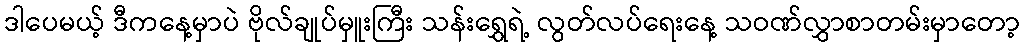
ဒါပေမယ့် ဒီကနေ့မှာပဲ ဗိုလ်ချုပ်မှူးကြီး သန်းရွှေရဲ့ လွတ်လပ်ရေးနေ့ သဝဏ်လွှာစာတမ်းမှာတော့